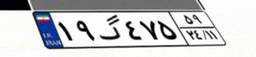
۱۰گ۳۷۹۴۵